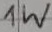
Text: 1W